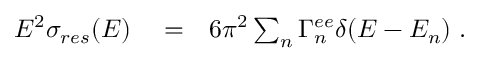
\begin{array} { r l r } { E ^ { 2 } \sigma _ { r e s } ( E ) } & { { } = } & { 6 \pi ^ { 2 } \sum _ { n } \Gamma _ { n } ^ { e e } \delta ( E - E _ { n } ) \; . } \end{array}